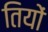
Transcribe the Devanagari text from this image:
तियों